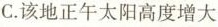
C.该地正午太阳高度增大